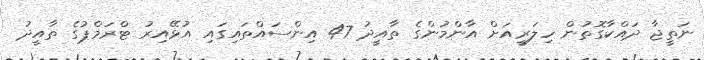
ނަތީޖާ ދައްކާގޮތުން ހިލަރީއަށް އާންމުންގެ ތާއީދު 47 އިންސައްތައިގައި އުޅޭއިރު ޓްރަމްޕުގެ ތާއީދު